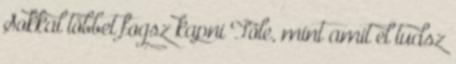
Sokkal többet fogsz kapni Tőle, mint amit el tudsz